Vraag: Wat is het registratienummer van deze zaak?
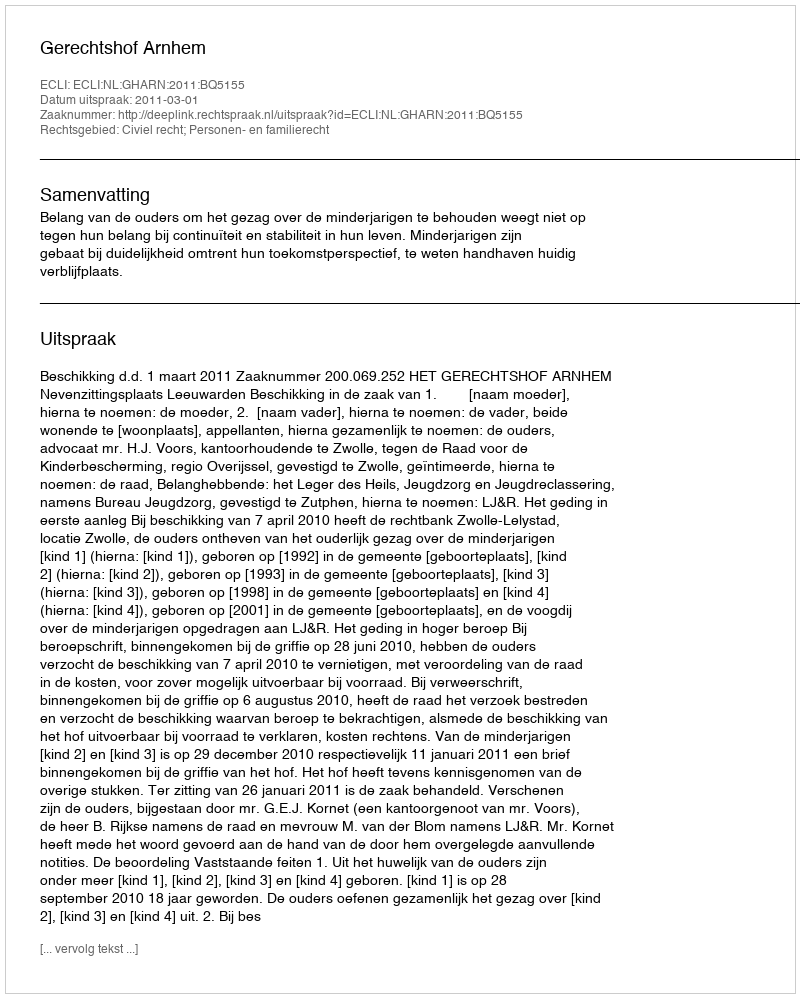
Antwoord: http://deeplink.rechtspraak.nl/uitspraak?id=ECLI:NL:GHARN:2011:BQ5155